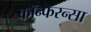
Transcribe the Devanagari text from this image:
कॉन्फरन्सा